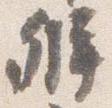
弁